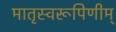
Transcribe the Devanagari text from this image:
मातृस्वरूपिणीम्